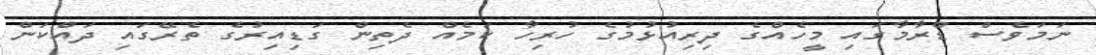
ނަމަވެސް ޑްރާމާގައި މީހެއްގެ ދިރިއުޅުމުގެ ހުރިހާ ކަމެއް ދެތިން ގަޑިއިރުގެ ތެރޭގައި ދައްކަން